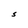
Character: S